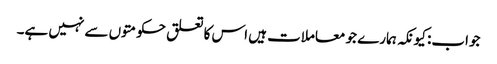
جواب: کیونکہ ہمارے جو معاملات ہیں اس کا تعلق حکومتوں سے نہیں ہے۔